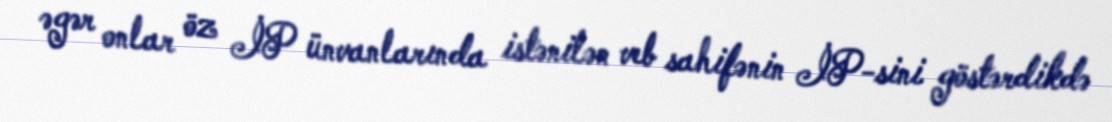
əgər onlar öz İP ünvanlarında istənilən veb sahifənin İP-sini göstərdikdə